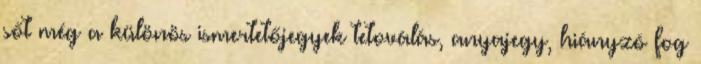
sőt még a különös ismertetőjegyek tetoválás, anyajegy, hiányzó fog